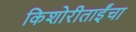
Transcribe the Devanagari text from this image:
किशोरीताईंचा